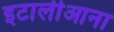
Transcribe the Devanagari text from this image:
इटालीआना